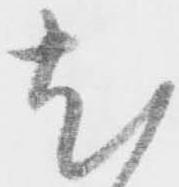
尤